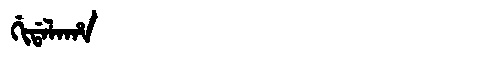
Manchu: ᡤᡳᡩᠠᠯᠠᡥᠠ
Romanization: GIDALAHA